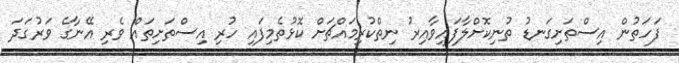
ފަހަތުން އިސްތަށިގަނޑު ތުނިކޮށްލާފައިވާއިރު ނިތްކުރިމައްޗަށް ކޮޅުތެމިފައި ހުރި އިސްތަށިތައް ވެރި އޭނާގެ ވަރުގަދަ